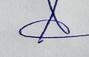
Signature authenticity: genuine